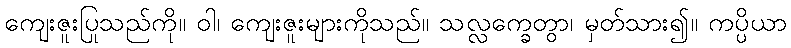
ကျေးဇူးပြုသည်ကို။ ဝါ၊ ကျေးဇူးများကိုသည်။ သလ္လက္ခေတွာ၊ မှတ်သား၍။ ကပ္ပိယာ